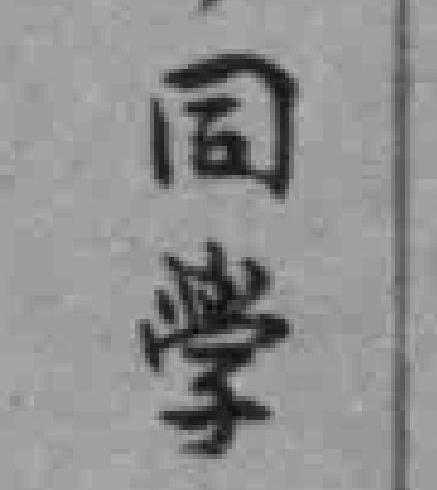
同學